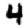
Digit: 4